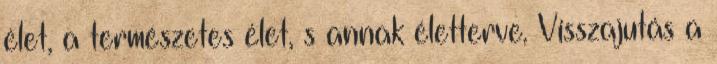
élet, a természetes élet, s annak életterve. Visszajutás a